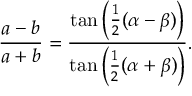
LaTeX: { \frac { a - b } { a + b } } = { \frac { \tan \left( { \frac { 1 } { 2 } } ( \alpha - \beta ) \right) } { \tan \left( { \frac { 1 } { 2 } } ( \alpha + \beta ) \right) } } .